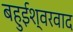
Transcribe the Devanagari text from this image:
बहुईश्वरवाद